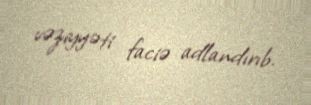
vəziyyəti faciə adlandırıb.